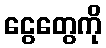
ငွေတွေကို